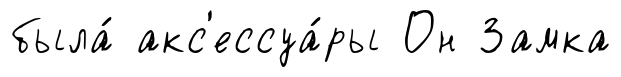
была́ акс'ессуа́ры Он Замка